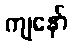
ကျနော်